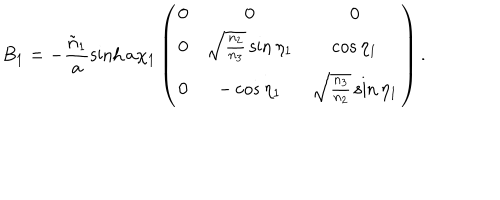
B _ { 1 } = - \frac { \tilde { n } _ { 1 } } { a } \sinh { a \chi _ { 1 } } \left( \begin{array} { c c c } { { 0 } } & { { 0 } } & { { 0 } } \\ { { 0 } } & { { \sqrt { \frac { n _ { 2 } } { n _ { 3 } } } \sin { \eta _ { 1 } } } } & { { \cos { \eta _ { 1 } } } } \\ { { 0 } } & { { - \cos { \eta _ { 1 } } } } & { { \sqrt { \frac { n _ { 3 } } { n _ { 2 } } } \sin { \eta _ { 1 } } } } \\ \end{array} \right) .